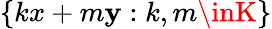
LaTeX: \{ kx+m\mathbf{y}:k,m\inK\}